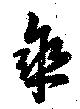
傘